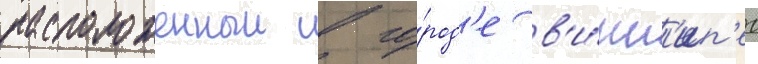
расположенныи в го́род'е в'и́нн'ип'ег